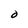
Character: O